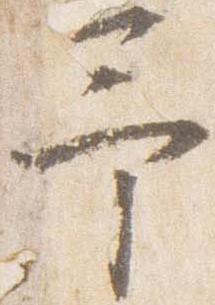
予